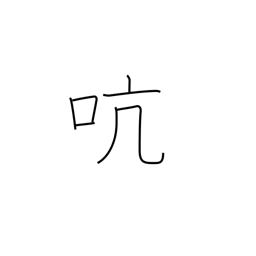
Meaning: pivot